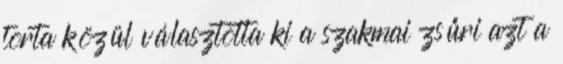
torta közül választotta ki a szakmai zsűri azt a